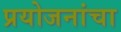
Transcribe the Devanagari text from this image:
प्रयोजनांचा